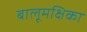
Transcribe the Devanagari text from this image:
बालूमक्षिका